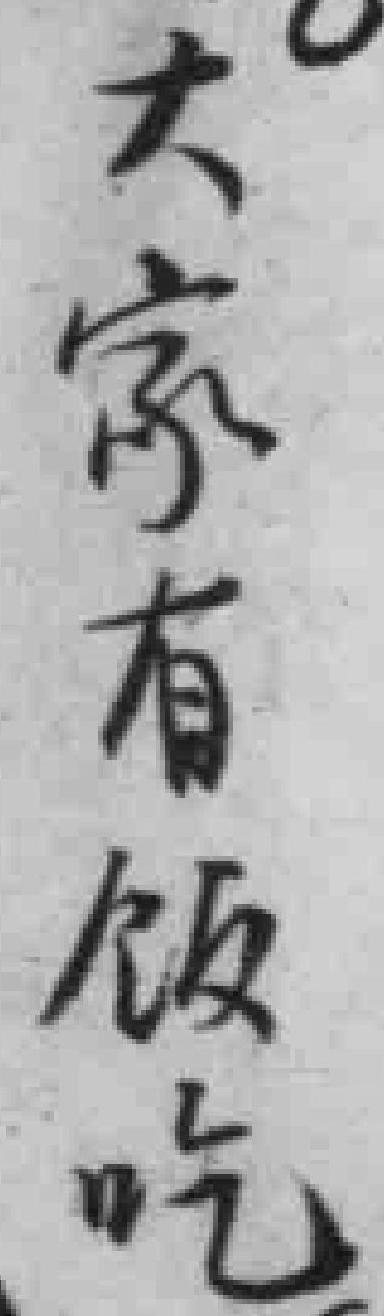
大家有饭吃